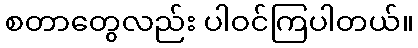
စတာတွေလည်း ပါဝင်ကြပါတယ်။